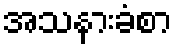
အသနားခံစာ